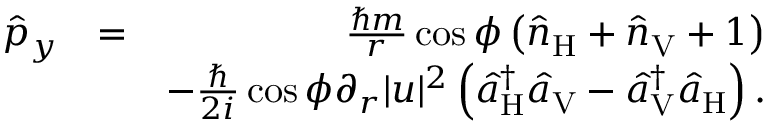
\begin{array} { r l r } { \hat { p } _ { y } } & { = } & { \frac { \hbar m } { r } \cos \phi \left( \hat { n } _ { \mathrm { H } } + \hat { n } _ { \mathrm { V } } + 1 \right) } \\ & { } & { - \frac { \hbar } { 2 i } \cos \phi \partial _ { r } | u | ^ { 2 } \left( \hat { a } _ { \mathrm { H } } ^ { \dagger } \hat { a } _ { \mathrm { V } } - \hat { a } _ { \mathrm { V } } ^ { \dagger } \hat { a } _ { \mathrm { H } } \right) . } \end{array}